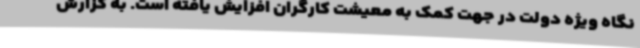
نگاه ویژه دولت در جهت کمک به معیشت کارگران افزایش یافته است. به گزارش